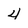
Character: 4